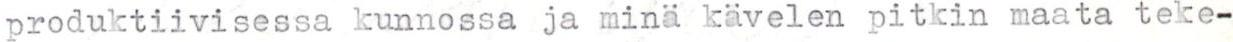
produktiivisessa kunnossa ja minä kävelen pitkin maata teke-